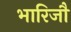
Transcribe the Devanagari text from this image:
भारिजौ